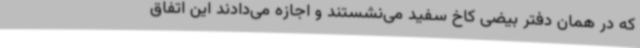
که در همان دفتر بیضی کاخ سفید می‌نشستند و اجازه می‌دادند این اتفاق